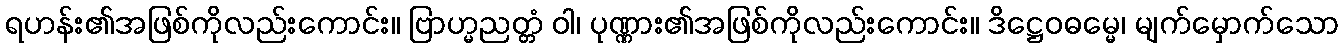
ရဟန်း၏အဖြစ်ကိုလည်းကောင်း။ ဗြာဟ္မညတ္တံ ဝါ၊ ပုဏ္ဏား၏အဖြစ်ကိုလည်းကောင်း။ ဒိဋ္ဌေဝဓမ္မေ၊ မျက်မှောက်သော